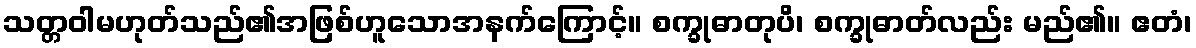
သတ္တဝါမဟုတ်သည်၏အဖြစ်ဟူသောအနက်ကြောင့်။ စက္ခုဓာတုပိ၊ စက္ခုဓာတ်လည်း မည်၏။ ဧတံ၊